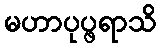
မဟာပုပ္ဖရာသိ